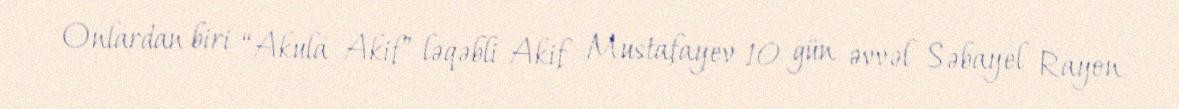
Onlardan biri “Akula Akif” ləqəbli Akif Mustafayev 10 gün əvvəl Səbayel Rayon